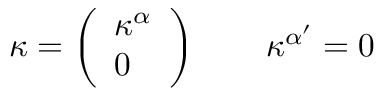
\kappa = \left( \begin{array} { l } { { \kappa ^ { \alpha } } } \\ { { 0 } } \end{array} \right) \qquad \kappa ^ { \alpha ^ { \prime } } = 0